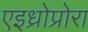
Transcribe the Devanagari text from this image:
एइध्रोप्रोरा